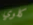
كلوي